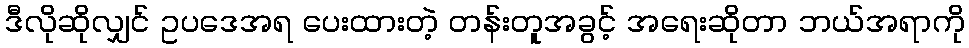
ဒီလိုဆိုလျှင် ဥပဒေအရ ပေးထားတဲ့ တန်းတူအခွင့် အရေးဆိုတာ ဘယ်အရာကို